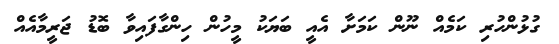
ގުޅުންހުރި ކަމެއް ނޫން ކަމަށާ އެއީ ބަޔަކު މީހުން ހިންގާފައިވާ ބޮޑު ޖަރީމާއެއް